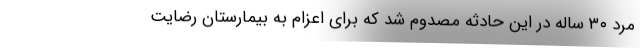
مرد ۳۰ ساله در این حادثه مصدوم شد که برای اعزام به بیمارستان رضایت